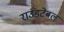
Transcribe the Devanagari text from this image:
राउंडटेबल